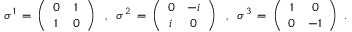
\sigma ^ { 1 } \, = \, \left( \begin{array} { c c } { { 0 } } & { { 1 } } \\ { { 1 } } & { { 0 } } \end{array} \right) \; \; , \; \; \sigma ^ { 2 } \, = \, \left( \begin{array} { c c } { { 0 } } & { { - i } } \\ { { i } } & { { 0 } } \end{array} \right) \; \; , \; \; \sigma ^ { 3 } \, = \, \left( \begin{array} { c c } { { 1 } } & { { 0 } } \\ { { 0 } } & { { - 1 } } \end{array} \right) \; .